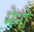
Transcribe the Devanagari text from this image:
मेनो